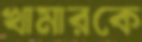
খামারকে